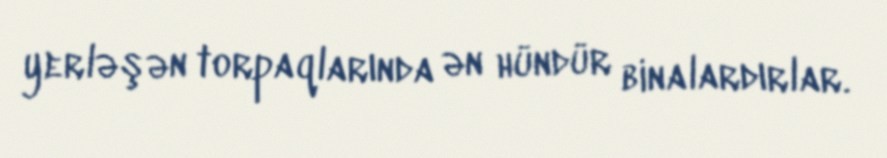
yerləşən torpaqlarında ən hündür binalardırlar.